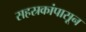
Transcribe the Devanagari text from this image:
सहस्रकांपासून